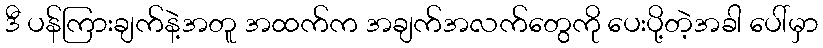
ဒီ ပန်ကြားချက်နဲ့အတူ အထက်က အချက်အလက်တွေကို ပေးပို့တဲ့အခါ ပေါ်မှာ